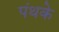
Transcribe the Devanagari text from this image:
पंथके